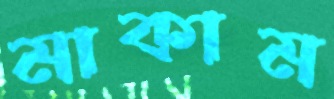
মাকাম